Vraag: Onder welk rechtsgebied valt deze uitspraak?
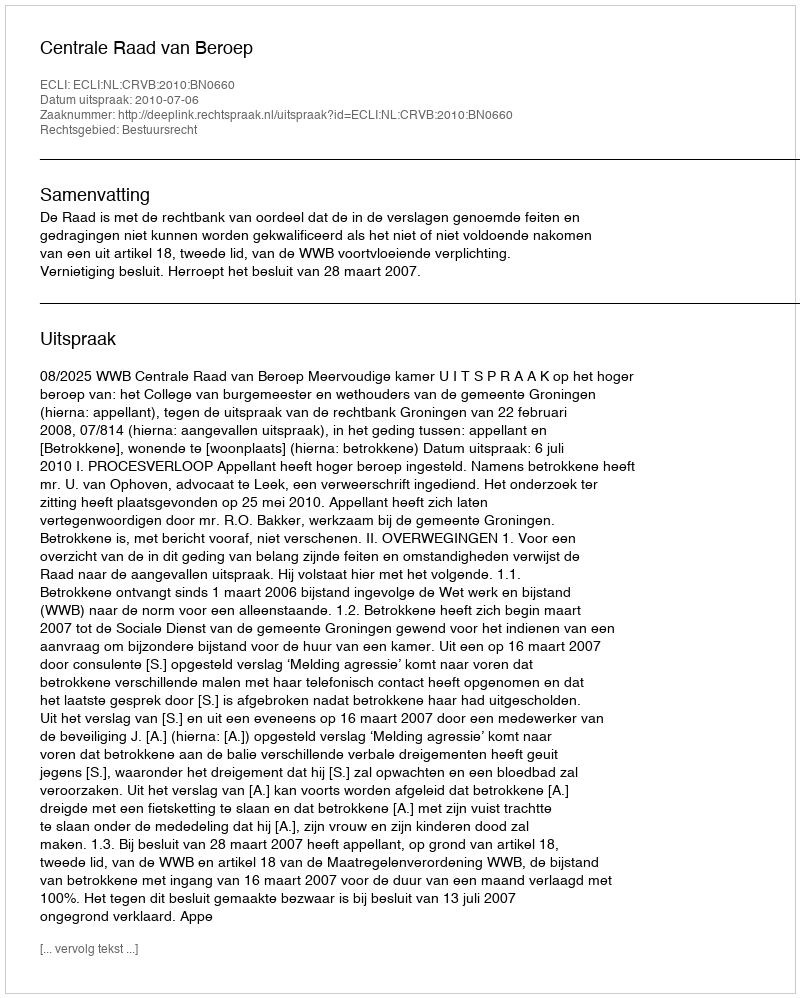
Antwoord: Bestuursrecht